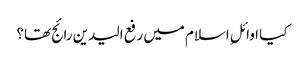
کیا اوائلِ اسلام میں‌ رفع الیدین رائج تھا؟